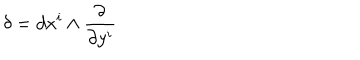
LaTeX: \delta = d x ^ { i } \wedge \frac { \partial } { \partial y ^ { i } }